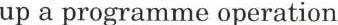
up a programme operation